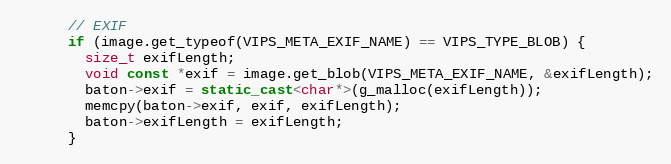
Language: C++
      // EXIF
      if (image.get_typeof(VIPS_META_EXIF_NAME) == VIPS_TYPE_BLOB) {
        size_t exifLength;
        void const *exif = image.get_blob(VIPS_META_EXIF_NAME, &exifLength);
        baton->exif = static_cast<char*>(g_malloc(exifLength));
        memcpy(baton->exif, exif, exifLength);
        baton->exifLength = exifLength;
      }